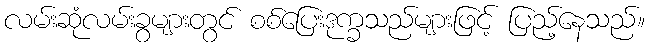
လမ်းဆုံလမ်းခွများတွင် စစ်ပြေးဒုက္ခသည်များဖြင့် ပြည့်နေသည်။